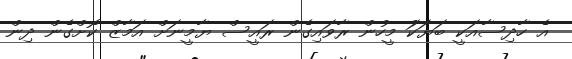
އެ ހާދިސާއަކީ ބަޔަކަު މީހުން ރާވައިގެން ރައީސް ޔާމީނަށް އަމާޒް ކޮށްގެން ދިން